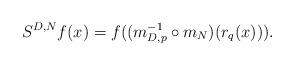
LaTeX: \begin{align*}S^{D,N} f(x) = f( (m_{D, p}^{-1} \circ m_{N})(r_q(x))) .\end{align*}